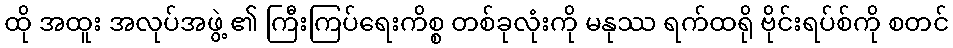
ထို အထူး အလုပ်အဖွဲ့ ၏ ကြီးကြပ်ရေးကိစ္စ တစ်ခုလုံးကို မနုဿ ရက်ထရို ဗိုင်းရပ်စ်ကို စတင်